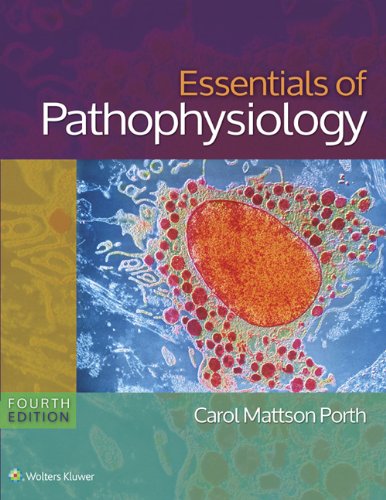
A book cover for Essentials of Pathophysiology: Concepts of Altered States; Carol Porth RN  MSN  PhD; Medical Books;